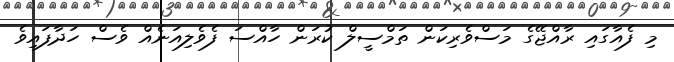
މި ފެއާގައި ރާއްޖޭގެ މަސްވެރިކަން ތަމްސީލް ކުރަން ހާއްސަ ފެވެލިއަނެއް ވެސް ހަދާފައިވެ